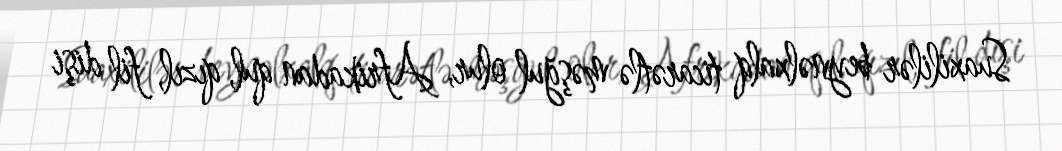
Suaxililər beynəlxalq ticarətlə məşğul olur, Afrikadan qul, qızıl, fil dişi